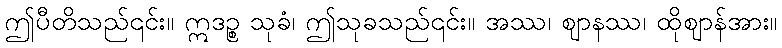
ဤပီတိသည်၎င်း။ ဣဒဉ္စ သုခံ၊ ဤသုခသည်၎င်း။ အဿ၊ ဈာနဿ၊ ထိုဈာန်အား။